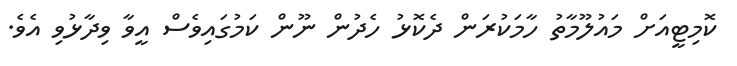
ކޮމިޓީއަށް މައުލޫމާތު ހާމަކުރަން ދެކޮޅު ހެދުން ނޫން ކަމުގައިވެސް އީވާ ވިދާޅުވި އެވެ.